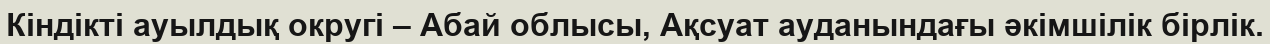
Кіндікті ауылдық округі – Абай облысы, Ақсуат ауданындағы әкімшілік бірлік.